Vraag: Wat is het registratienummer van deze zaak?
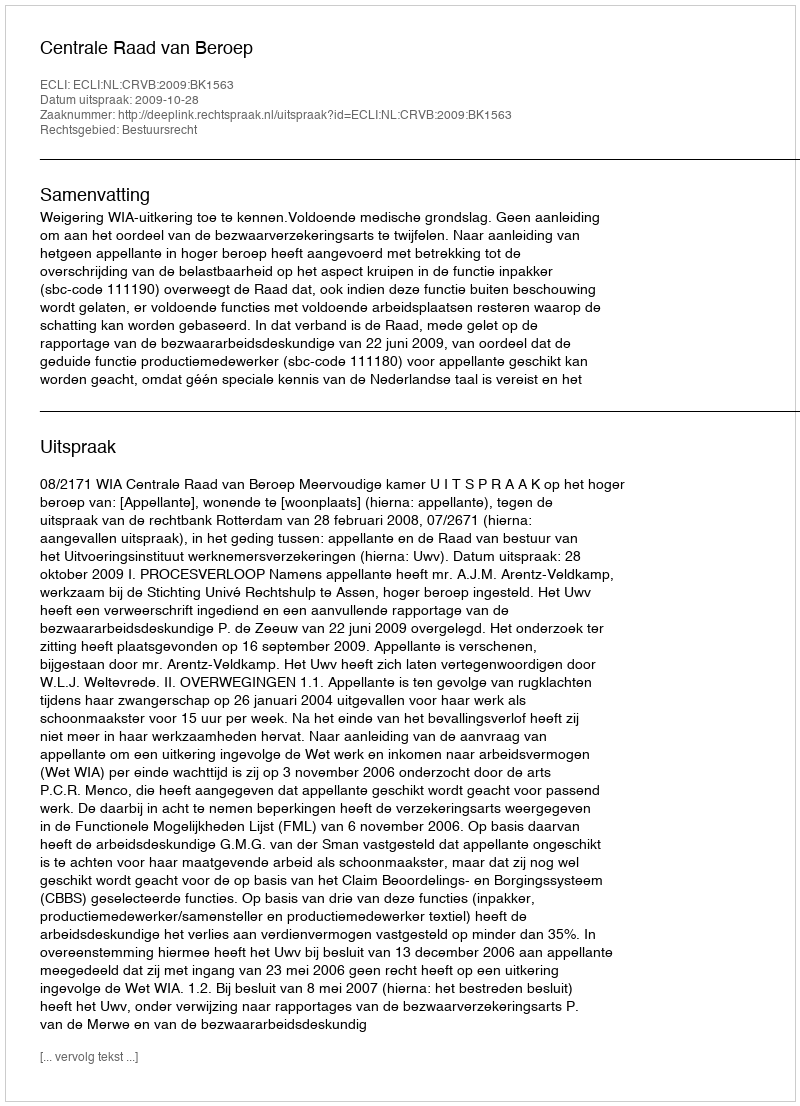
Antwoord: http://deeplink.rechtspraak.nl/uitspraak?id=ECLI:NL:CRVB:2009:BK1563